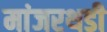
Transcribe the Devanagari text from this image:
मांजरथडी